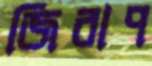
জিরাপ